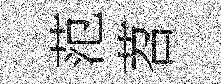
范苕